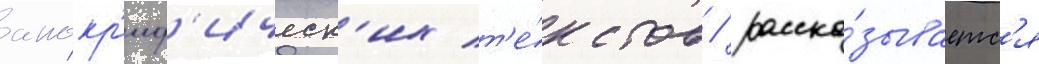
апокр'иф'ическ'их т'е́кстов / расска́зываетс'я